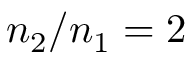
n _ { 2 } / n _ { 1 } = 2